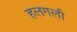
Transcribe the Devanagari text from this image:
हलगली